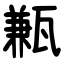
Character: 甉